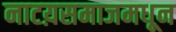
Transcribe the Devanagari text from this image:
नाटय़समाजमधून